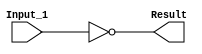
/******************************************************************************
 ** Logisim goes FPGA automatic generated Verilog code                       **
 **                                                                          **
 ** Component : NOT_GATE_BUS                                                 **
 **                                                                          **
 ******************************************************************************/

module NOT_GATE_BUS( Input_1,
                     Result);

   /***************************************************************************
    ** Here all module parameters are defined with a dummy value             **
    ***************************************************************************/
   parameter NrOfBits = 1;


   /***************************************************************************
    ** Here the inputs are defined                                           **
    ***************************************************************************/
   input[NrOfBits-1:0]  Input_1;

   /***************************************************************************
    ** Here the outputs are defined                                          **
    ***************************************************************************/
   output[NrOfBits-1:0] Result;

   /***************************************************************************
    ** Here the functionality is defined                                     **
    ***************************************************************************/
   assign Result = ~(Input_1);


endmodule